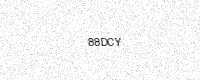
Text: 88DCY